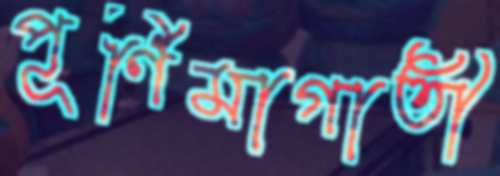
পূর্ণিমাগাতী